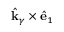
\hat { \mathbf { k } } _ { \gamma } \times \hat { \mathbf { e } } _ { 1 }